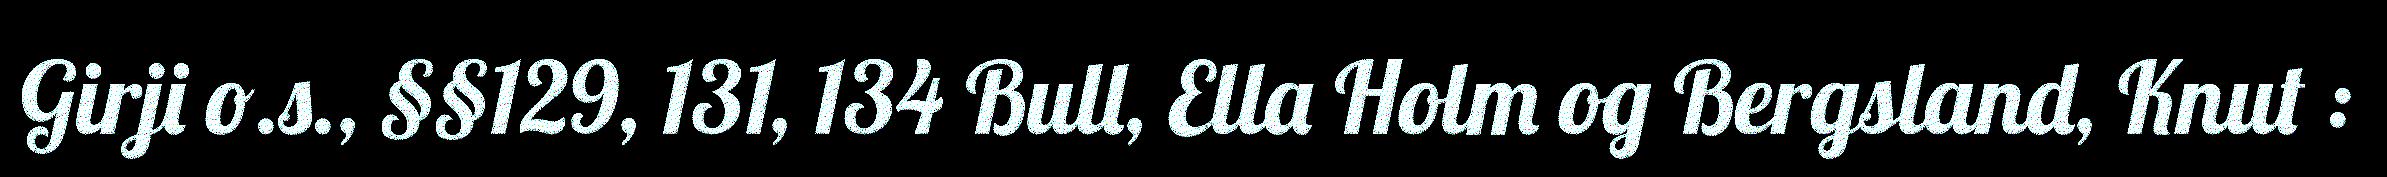
Girji o.s., §§129, 131, 134 Bull, Ella Holm og Bergsland, Knut :